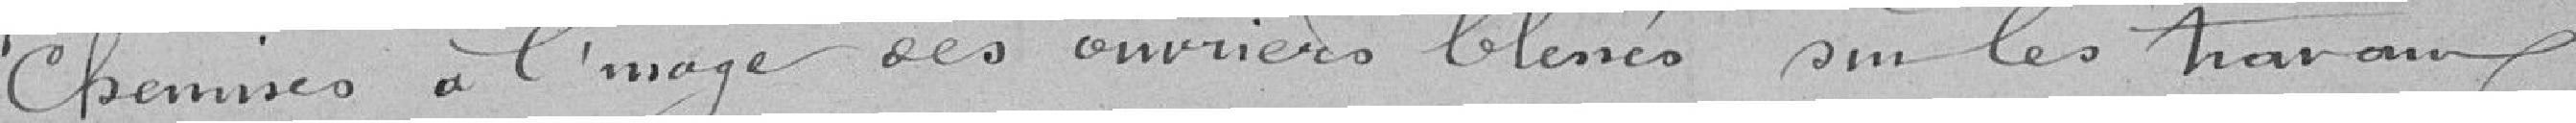
chemises à l'image des ouvriers blessés sur les travaux